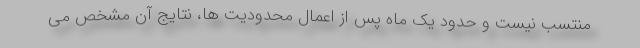
منتسب نیست و حدود یک ماه پس از اعمال محدودیت ها، نتایج آن مشخص می